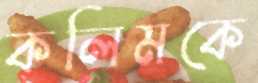
কলিমকে